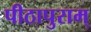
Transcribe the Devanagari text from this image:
पीठापुराम्‌